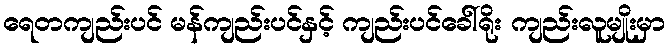
ရေတကျည်းပင် မန်ကျည်းပင်နှင့် ကျည်းပင်ခေါ်ရိုး ကျည်းလူမျိုးမှာ